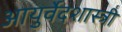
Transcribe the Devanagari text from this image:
आयुर्वेदशास्‍त्री